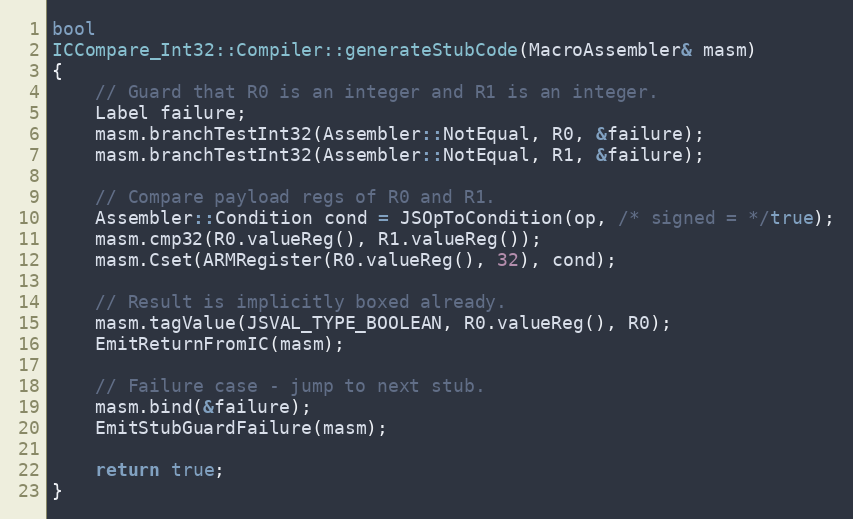
Language: C++
bool
ICCompare_Int32::Compiler::generateStubCode(MacroAssembler& masm)
{
    // Guard that R0 is an integer and R1 is an integer.
    Label failure;
    masm.branchTestInt32(Assembler::NotEqual, R0, &failure);
    masm.branchTestInt32(Assembler::NotEqual, R1, &failure);

    // Compare payload regs of R0 and R1.
    Assembler::Condition cond = JSOpToCondition(op, /* signed = */true);
    masm.cmp32(R0.valueReg(), R1.valueReg());
    masm.Cset(ARMRegister(R0.valueReg(), 32), cond);

    // Result is implicitly boxed already.
    masm.tagValue(JSVAL_TYPE_BOOLEAN, R0.valueReg(), R0);
    EmitReturnFromIC(masm);

    // Failure case - jump to next stub.
    masm.bind(&failure);
    EmitStubGuardFailure(masm);

    return true;
}